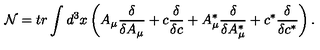
\mathcal { N } = t r \int d ^ { 3 } x \left( A _ { \mu } \frac \delta { \delta A _ { \mu } } + c \frac \delta { \delta c } + A _ { \mu } ^ { * } \frac \delta { \delta A _ { \mu } ^ { * } } + c ^ { * } \frac \delta { \delta c ^ { * } } \right) .